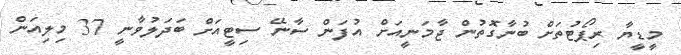
މީޑީޔާ ރިޕޯޓުތަށް ބުނާގޮތުން ޖާމަނީއަށް އުފަން ސާނޭ ސިޓީއަށް ބަދަލުވާނީ 37 މިލިއަން